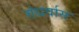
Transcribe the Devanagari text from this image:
गंधर्वास